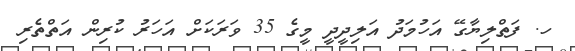
ހ. ފަތްލިޔާގޭ އަހުމަދު އަލިދީދީ މީގެ 35 ވަރަކަށް އަހަރު ކުރިން އަތްތެރި